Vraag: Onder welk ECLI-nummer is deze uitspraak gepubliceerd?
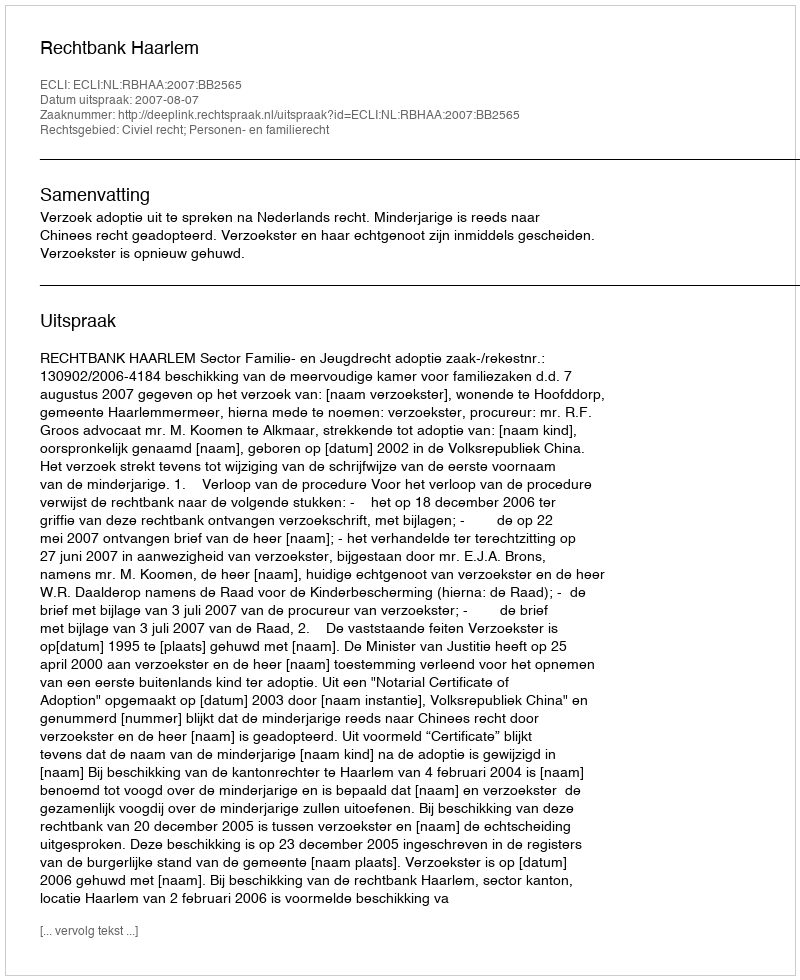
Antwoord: ECLI:NL:RBHAA:2007:BB2565